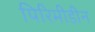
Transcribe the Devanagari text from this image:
पिरिमीडीन